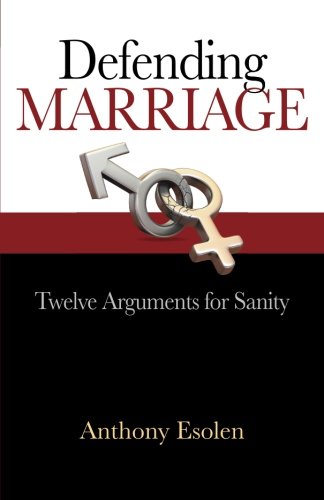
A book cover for Defending Marriage: Twelve Arguments for Sanity; Anthony Esolen; Christian Books & Bibles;